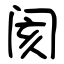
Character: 阂